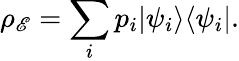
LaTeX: \rho_{\mathscr{E}}=\sum_{i}p_{i}|\psi_{i}\rangle\langle\psi_{i}|.